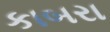
કાબરા